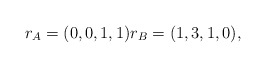
\begin{align*}r_A=(0, 0, 1, 1 ) r_B=(1, 3, 1, 0), \end{align*}